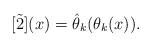
LaTeX: \begin{align*}[\tilde{2}] (x) = \hat{\theta}_k (\theta_k(x)).\end{align*}